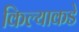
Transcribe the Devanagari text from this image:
किल्याकडे